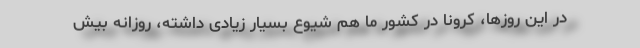
در این روزها، کرونا در کشور ما هم شیوع بسیار زیادی داشته، روزانه بیش